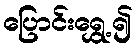
ပြောင်းရွှေ့၍